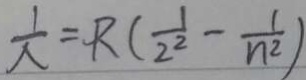
\frac { 1 } { \lambda } = R ( \frac { 1 } { 2 ^ { 2 } } - \frac { 1 } { n ^ { 2 } } )